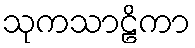
သုကသာဠိကာ